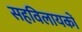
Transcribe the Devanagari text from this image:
सहविलायकों